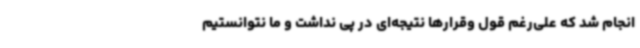
انجام شد که علی‌رغم قول وقرارها نتیجه‌ای در پی نداشت و ما نتوانستیم